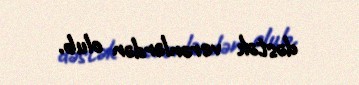
dəstək verənlərdən olub.